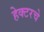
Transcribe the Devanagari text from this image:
हेक्टरचे